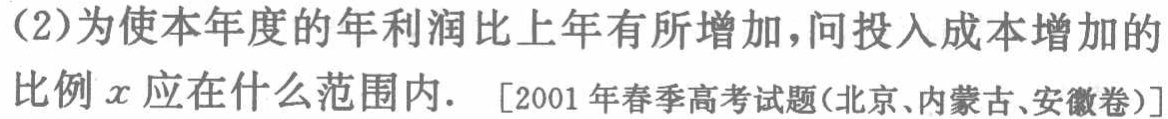
(2)为使本年度的年利润比上年有所增加，问投入成本增加的比例\(x\)应在什么范围内. [2001 年春季高考试题(北京、内蒙古、安徽卷)]